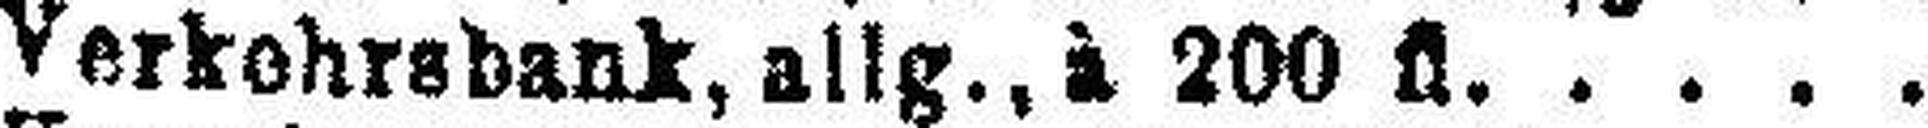
Verkohrsbank, allg., à 200 fl.